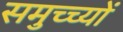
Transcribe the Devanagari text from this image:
समुच्च्यों